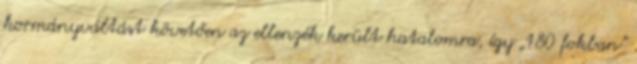
kormányváltást követően az ellenzék került hatalomra, így „180 fokban”